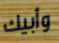
وأبيك